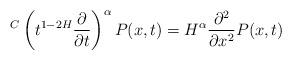
LaTeX: \begin{align*}{}^C\left(t^{1-2H}\frac{\partial}{\partial t}\right)^{\alpha} P(x,t)= H^{\alpha}\frac{\partial^2}{\partial x^2}P(x,t)\end{align*}